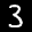
Label: 3